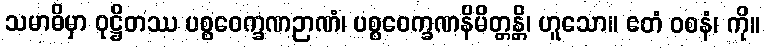
သမာဓိမှာ ဝုဋ္ဌိတဿ ပစ္စဝေက္ခဏဉာဏံ၊ ပစ္စဝေက္ခဏနိမိတ္တန္တိ၊ ဟူသော။ ဧတံ ဝစနံ၊ ကို။